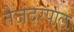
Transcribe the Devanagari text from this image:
तेजंदरपाल